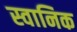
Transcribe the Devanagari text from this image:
स्वानिक